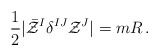
\begin{align*}{1\over 2} |\bar {\cal Z}^I \delta^{IJ} {\cal Z}^J| = m R\, .\end{align*}